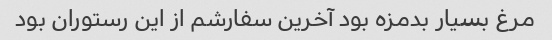
مرغ بسیار بدمزه بود آخرین سفارشم از این رستوران بود